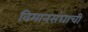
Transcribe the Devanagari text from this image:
विमानसंघाची